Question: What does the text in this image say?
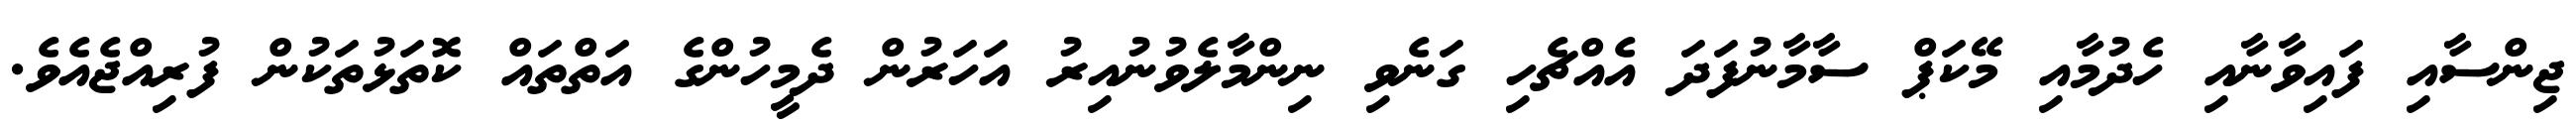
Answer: ޖިންސާއި ފައިވާނާއި ހެދުމާއި މޭކަޕް ސާމާނުފަދަ އެއްޗެހި ގަނެވި ނިންމާލެވުނުއިރު އަހަރުން ދެމީހުންގެ އަތްތައް ކޮތަޅުތަކުން ފުރިއްޖެއެވެ.